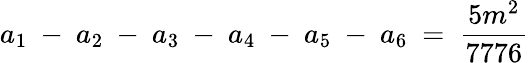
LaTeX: a_{1}~-~a_{2}~-~a_{3}~-~a_{4}~-~a_{5}~-~a_{6}~=~\frac{5m^{2}}{7776}